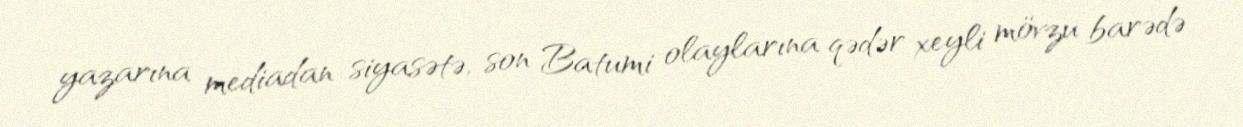
yazarına mediadan siyasətə, son Batumi olaylarına qədər xeyli mövzu barədə